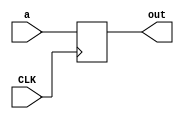
module NAIR #(parameter WL =32) (
    input CLK,
    input [WL-1:0] a,
    output reg [WL-1:0] out
    );
  
//   reg [WL-1:0] a_reg;
     
    always @(posedge CLK) begin
   
     out <= a;
//    a_reg <= a;
//     out<= a_reg;
    
    end
endmodule